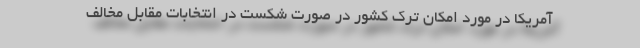
آمریکا در مورد امکان ترک کشور در صورت شکست در انتخابات مقابل مخالف